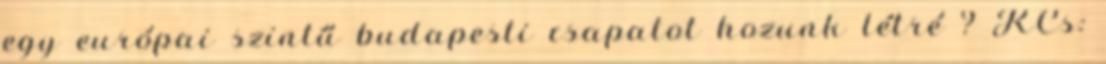
egy európai szintű budapesti csapatot hozunk létré ? KCs: